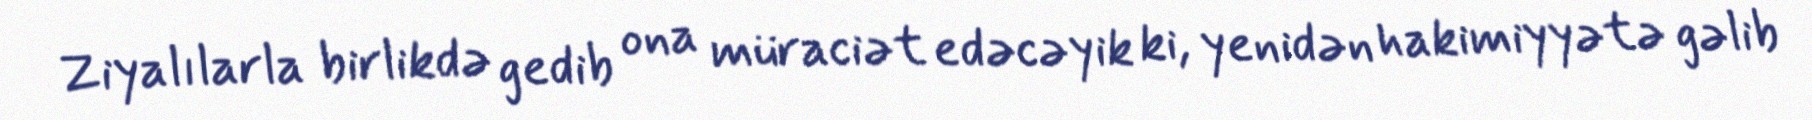
Ziyalılarla birlikdə gedib ona müraciət edəcəyik ki, yenidən hakimiyyətə gəlib